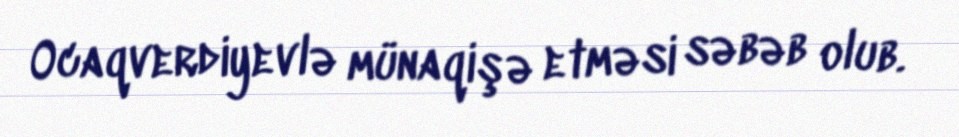
Ocaqverdiyevlə münaqişə etməsi səbəb olub.